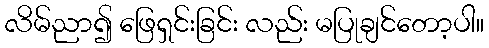
လိမ်ညာ၍ ဖြေရှင်းခြင်း လည်း မပြုချင်တော့ပါ။